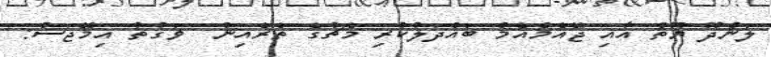
ލަންދޫ ޔޫތް އާއި ޖޭއެމްއެމް ބައްދަލުކުރި މެޗުގެ ތެރެއިން  ވަގުތު އިމޭޖަސް: